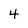
Character: 4